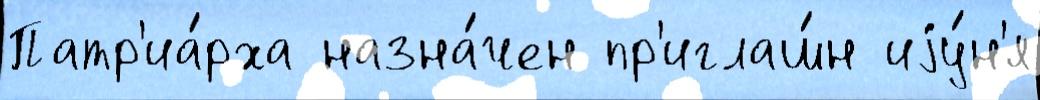
Патр'иа́рха назна́чен пр'иглаш́н иjу́н'я